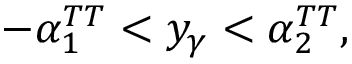
- \alpha _ { 1 } ^ { T T } < y _ { \gamma } < \alpha _ { 2 } ^ { T T } ,